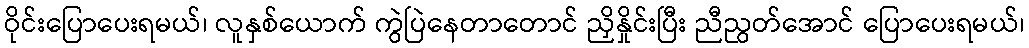
ဝိုင်းပြောပေးရမယ်၊ လူနှစ်ယောက် ကွဲပြဲနေတာတောင် ညှိနှိုင်းပြီး ညီညွတ်အောင် ပြောပေးရမယ်၊